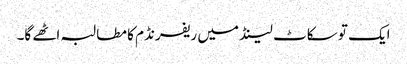
ایک تو سکاٹ لینڈ میں ریفرنڈم کا مطالبہ اٹھے گا۔